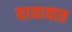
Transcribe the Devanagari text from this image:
यायायात